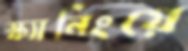
স্ক্যানিংয়ে